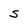
Character: S